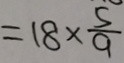
= 1 8 \times \frac { 5 } { 9 }